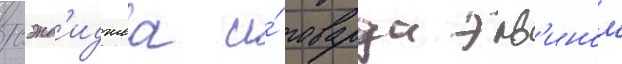
сэнд'иджеа и́ говарда эрв'ином